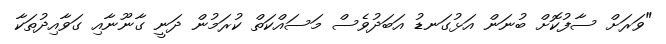
"ވަރަށް ސާފުކޮށް ބުނަން އަޅުގަނޑު އަބަދުވެސް މަސައްކަތް ކުރަމުން ދަނީ ގާނޫނާއި ގަވާއިދުތަކާ